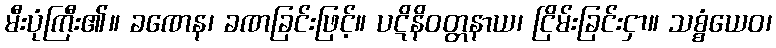
မီးပုံကြီး၏။ ခဏေန၊ ခဏခြင်းဖြင့်။ ပဋိနိဝတ္တနာယ၊ ငြိမ်းခြင်းငှာ။ သစ္စံယေဝ၊